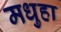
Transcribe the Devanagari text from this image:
मधुहा